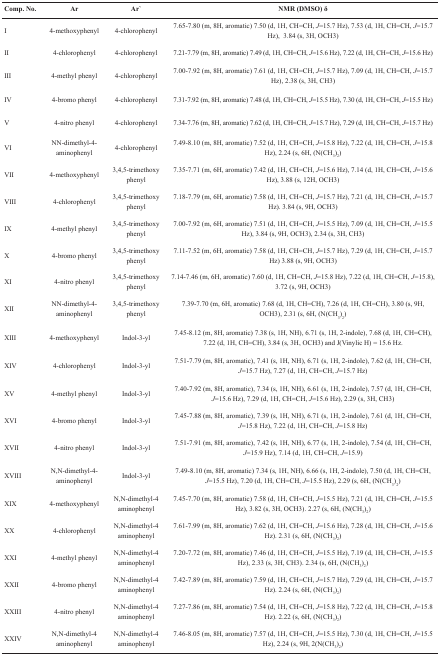
<table><thead><tr><td><b>Comp. No.</b></td><td><b>Ar</b></td><td><b>Ar&#x27;</b></td><td><b>NMR (DMSO) δ</b></td></tr></thead><tbody><tr><td>I</td><td>4-methoxyphenyl</td><td>4-chlorophenyl</td><td>7.65–7.80 (m, 8H, aromatic) 7.50 (d, 1H, CH=CH, <i>J=</i>15.7 Hz), 7.53 (d, 1H, CH=CH, <i>J=</i>15.7 Hz), 3.84 (s, 3H, OCH3)</td></tr><tr><td>II</td><td>4-chlorophenyl</td><td>4-chlorophenyl</td><td>7.21–7.79 (m, 8H, aromatic) 7.49 (d, 1H, CH=CH, <i>J=</i>15.6 Hz), 7.22 (d, 1H, CH=CH, <i>J=</i>15.6 Hz)</td></tr><tr><td>III</td><td>4-methyl phenyl</td><td>4-chlorophenyl</td><td>7.00–7.92 (m, 8H, aromatic) 7.61 (d, 1H, CH=CH, <i>J=</i>15.7 Hz), 7.09 (d, 1H, CH=CH, <i>J=</i>15.7 Hz), 2.38 (s, 3H, CH3)</td></tr><tr><td>IV</td><td>4-bromo phenyl</td><td>4-chlorophenyl</td><td>7.31–7.92 (m, 8H, aromatic) 7.48 (d, 1H, CH=CH, <i>J=</i>15.5 Hz), 7.30 (d, 1H, CH=CH, <i>J=</i>15.5 Hz)</td></tr><tr><td>V</td><td>4-nitro phenyl</td><td>4-chlorophenyl</td><td>7.34–7.76 (m, 8H, aromatic) 7.62 (d, 1H, CH=CH, <i>J=</i>15.7 Hz), 7.29 (d, 1H, CH=CH, <i>J=</i>15.7 Hz)</td></tr><tr><td>VI</td><td>NN-dimethyl-4-aminophenyl</td><td>4-chlorophenyl</td><td>7.49–8.10 (m, 8H, aromatic) 7.52 (d, 1H, CH=CH, <i>J=</i>15.8 Hz), 7.22 (d, 1H, CH=CH, <i>J=</i>15.8 Hz), 2.24 (s, 6H, (N(CH<sub>3</sub>)<sub>2</sub>)</td></tr><tr><td>VII</td><td>4-methoxyphenyl</td><td>3,4,5-trimethoxy phenyl</td><td>7.35–7.71 (m, 6H, aromatic) 7.42 (d, 1H, CH=CH, <i>J=</i>15.6 Hz), 7.14 (d, 1H, CH=CH, <i>J=</i>15.6 Hz), 3.88 (s, 12H, OCH3)</td></tr><tr><td>VIII</td><td>4-chlorophenyl</td><td>3,4,5-trimethoxy phenyl</td><td>7.18–7.79 (m, 6H, aromatic) 7.58 (d, 1H, CH=CH, <i>J=</i>15.7 Hz), 7.21 (d, 1H, CH=CH, <i>J=</i>15.7 Hz). 3.84 (s, 9H, OCH3)</td></tr><tr><td>IX</td><td>4-methyl phenyl</td><td>3,4,5-trimethoxy phenyl</td><td>7.00–7.92 (m, 6H, aromatic) 7.51 (d, 1H, CH=CH, <i>J=</i>15.5 Hz), 7.09 (d, 1H, CH=CH, <i>J=</i>15.5 Hz), 3.84 (s, 9H, OCH3), 2.34 (s, 3H, CH3)</td></tr><tr><td>X</td><td>4-bromo phenyl</td><td>3,4,5-trimethoxy phenyl</td><td>7.11–7.52 (m, 6H, aromatic) 7.58 (d, 1H, CH=CH, <i>J=</i>15.7 Hz), 7.29 (d, 1H, CH=CH, <i>J=</i>15.7 Hz) 3.88 (s, 9H, OCH3)</td></tr><tr><td>XI</td><td>4-nitro phenyl</td><td>3,4,5-trimethoxy phenyl</td><td>7.14–7.46 (m, 6H, aromatic) 7.60 (d, 1H, CH=CH, <i>J=</i>15.8 Hz), 7.22 (d, 1H, CH=CH, <i>J=</i>15.8), 3.72 (s, 9H, OCH3)</td></tr><tr><td>XII</td><td>NN-dimethyl-4-aminophenyl</td><td>3,4,5-trimethoxy phenyl</td><td>7.39–7.70 (m, 6H, aromatic) 7.68 (d, 1H, CH=CH), 7.26 (d, 1H, CH=CH), 3.80 (s, 9H, OCH3), 2.31 (s, 6H, (N(CH<sub>3</sub>)<sub>2</sub>)</td></tr><tr><td>XIII</td><td>4-methoxyphenyl</td><td>Indol-3-yl</td><td>7.45–8.12 (m, 8H, aromatic) 7.38 (s, 1H, NH), 6.71 (s, 1H, 2-indole), 7.68 (d, 1H, CH=CH), 7.22 (d, 1H, CH=CH), 3.84 (s, 3H, OCH3) and J(Vinylic H)=15.6 Hz.</td></tr><tr><td>XIV</td><td>4-chlorophenyl</td><td>Indol-3-yl</td><td>7.51–7.79 (m, 8H, aromatic), 7.41 (s, 1H, NH), 6.71 (s, 1H, 2-indole), 7.62 (d, 1H, CH=CH, <i>J=</i>15.7 Hz), 7.27 (d, 1H, CH=CH, <i>J=</i>15.7 Hz)</td></tr><tr><td>XV</td><td>4-methyl phenyl</td><td>Indol-3-yl</td><td>7.40–7.92 (m, 8H, aromatic), 7.34 (s, 1H, NH), 6.61 (s, 1H, 2-indole), 7.57 (d, 1H, CH=CH, <i>J=</i>15.6 Hz), 7.29 (d, 1H, CH=CH, <i>J=</i>15.6 Hz), 2.29 (s, 3H, CH3)</td></tr><tr><td>XVI</td><td>4-bromo phenyl</td><td>Indol-3-yl</td><td>7.45–7.88 (m, 8H, aromatic), 7.39 (s, 1H, NH), 6.71 (s, 1H, 2-indole), 7.61 (d, 1H, CH=CH, <i>J=</i>15.8 Hz), 7.22 (d, 1H, CH=CH, <i>J=</i>15.8 Hz)</td></tr><tr><td>XVII</td><td>4-nitro phenyl</td><td>Indol-3-yl</td><td>7.51–7.91 (m, 8H, aromatic), 7.42 (s, 1H, NH), 6.77 (s, 1H, 2-indole), 7.54 (d, 1H, CH=CH, <i>J=</i>15.9 Hz), 7.14 (d, 1H, CH=CH, <i>J=</i>15.9)</td></tr><tr><td>XVIII</td><td>N,N-dimethyl-4-aminophenyl</td><td>Indol-3-yl</td><td>7.49–8.10 (m, 8H, aromatic) 7.34 (s, 1H, NH), 6.66 (s, 1H, 2-indole), 7.50 (d, 1H, CH=CH, <i>J=</i>15.5 Hz), 7.20 (d, 1H, CH=CH, <i>J=</i>15.5 Hz), 2.29 (s, 6H, (N(CH<sub>3</sub>)<sub>2</sub>)</td></tr><tr><td>XIX</td><td>4-methoxyphenyl</td><td>N,N-dimethyl-4 aminophenyl</td><td>7.45–7.70 (m, 8H, aromatic) 7.58 (d, 1H, CH=CH, <i>J=</i>15.5 Hz), 7.21 (d, 1H, CH=CH, <i>J=</i>15.5 Hz), 3.82 (s, 3H, OCH3). 2.27 (s, 6H, (N(CH<sub>3</sub>)<sub>2</sub>)</td></tr><tr><td>XX</td><td>4-chlorophenyl</td><td>N,N-dimethyl-4 aminophenyl</td><td>7.61-7.99 (m, 8H, aromatic) 7.62 (d, 1H, CH=CH, <i>J=</i>15.6 Hz), 7.28 (d, 1H, CH=CH, <i>J=</i>15.6 Hz). 2.31 (s, 6H, (N(CH<sub>3</sub>)<sub>2</sub>)</td></tr><tr><td>XXI</td><td>4-methyl phenyl</td><td>N,N-dimethyl-4 aminophenyl</td><td>7.20–7.72 (m, 8H, aromatic) 7.46 (d, 1H, CH=CH, <i>J</i>=15.5 Hz), 7.19 (d, 1H, CH=CH, <i>J=</i>15.5 Hz), 2.33 (s, 3H, CH3). 2.34 (s, 6H, (N(CH<sub>3</sub>)<sub>2</sub>)</td></tr><tr><td>XXII</td><td>4-bromo phenyl</td><td>N,N-dimethyl-4 aminophenyl</td><td>7.42–7.89 (m, 8H, aromatic) 7.59 (d, 1H, CH=CH, <i>J=</i>15.7 Hz), 7.29 (d, 1H, CH=CH, <i>J=</i>15.7 Hz). 2.24 (s, 6H, (N(CH<sub>3</sub>)<sub>2</sub>)</td></tr><tr><td>XXIII</td><td>4-nitro phenyl</td><td>N,N-dimethyl-4 aminophenyl</td><td>7.27-7.86 (m, 8H, aromatic) 7.54 (d, 1H, CH=CH, <i>J=</i>15.8 Hz), 7.22 (d, 1H, CH=CH, <i>J=</i>15.8 Hz). 2.22 (s, 6H, (N(CH<sub>3</sub>)<sub>2</sub>)</td></tr><tr><td>XXIV</td><td>N,N-dimethyl-4 aminophenyl</td><td>N,N-dimethyl-4 aminophenyl</td><td>7.46–8.05 (m, 8H, aromatic) 7.57 (d, 1H, CH=CH, <i>J=</i>15.5 Hz), 7.30 (d, 1H, CH=CH, <i>J=</i>15.5 Hz), 2.24 (s, 9H, 2(N(CH<sub>3</sub>)<sub>2</sub>)</td></tr></tbody></table>